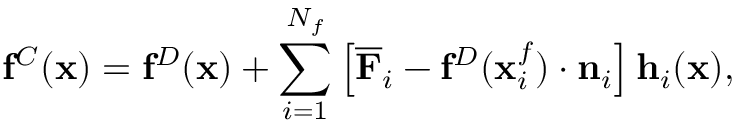
\mathbf { f } ^ { C } ( \mathbf { x } ) = \mathbf { f } ^ { D } ( \mathbf { x } ) + \sum _ { i = 1 } ^ { N _ { f } } \left[ \overline { { \mathbf { F } } } _ { i } - \mathbf { f } ^ { D } ( \mathbf { x } _ { i } ^ { f } ) \cdot \mathbf { n } _ { i } \right] \mathbf { h } _ { i } ( \mathbf { x } ) ,